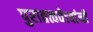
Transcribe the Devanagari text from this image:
पुरातत्त्ववेत्त्यांनी